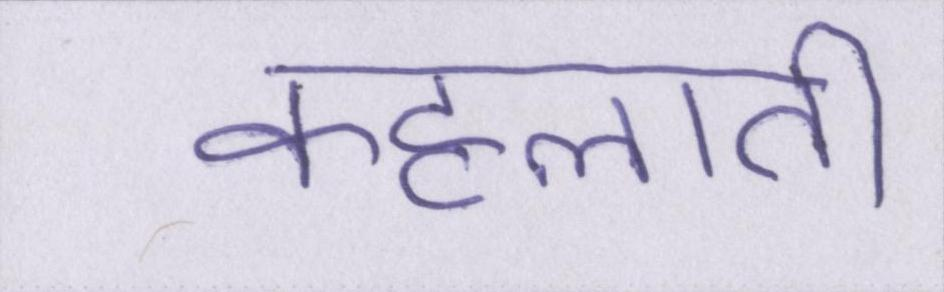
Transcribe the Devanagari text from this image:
कहलाती